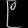
Digit: ၉